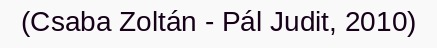
(Csaba Zoltán - Pál Judit, 2010)